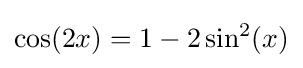
\cos(2x)=1-2\sin ^{2}(x)